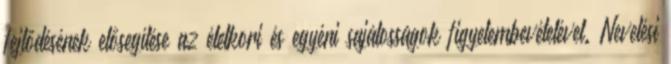
fejlődésének elősegítése az életkori és egyéni sajátosságok figyelembevételével. Nevelési